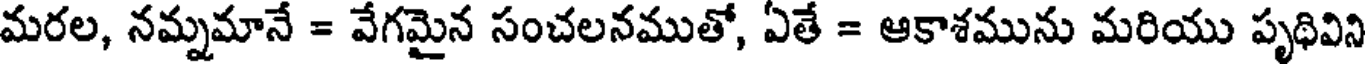
మరల, నమ్నమానే = వేగమైన సంచలనముతో, ఏతే = ఆకాశమును మరియు పృథివిని